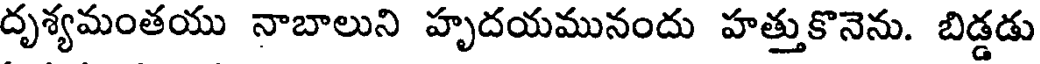
దృశ్యమంతయు నాబాలుని హృదయమునందు హత్తుకొనెను. బిడ్డడు